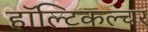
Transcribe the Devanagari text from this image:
हॉल्टिकल्चर